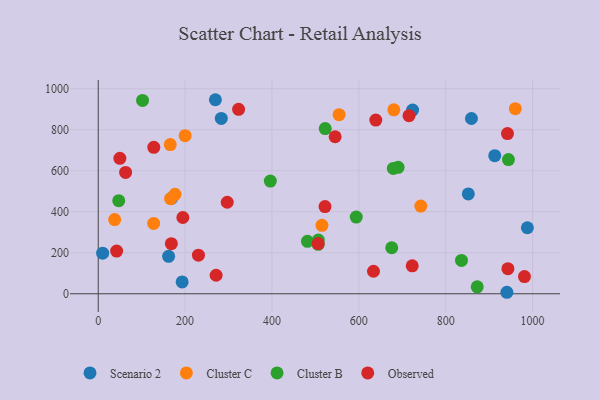
{"axis": {"x": "Ad Spend", "y": "Exam Score"}, "legend": ["Cluster B", "Cluster C", "Observed", "Scenario 2"], "data": [{"x": "283.3", "y": 855.0, "type": "Scenario 2"}, {"x": "859.2", "y": 854.8, "type": "Scenario 2"}, {"x": "193.2", "y": 57.6, "type": "Scenario 2"}, {"x": "10.1", "y": 198.1, "type": "Scenario 2"}, {"x": "912.9", "y": 673.5, "type": "Scenario 2"}, {"x": "269.7", "y": 946.4, "type": "Scenario 2"}, {"x": "723.7", "y": 896.1, "type": "Scenario 2"}, {"x": "988.0", "y": 321.9, "type": "Scenario 2"}, {"x": "940.8", "y": 7.3, "type": "Scenario 2"}, {"x": "168.6", "y": 465.7, "type": "Scenario 2"}, {"x": "162.0", "y": 182.6, "type": "Scenario 2"}, {"x": "852.0", "y": 487.0, "type": "Scenario 2"}, {"x": "960.2", "y": 902.6, "type": "Cluster C"}, {"x": "127.6", "y": 342.9, "type": "Cluster C"}, {"x": "176.7", "y": 484.9, "type": "Cluster C"}, {"x": "166.5", "y": 463.9, "type": "Cluster C"}, {"x": "554.5", "y": 873.3, "type": "Cluster C"}, {"x": "515.1", "y": 333.7, "type": "Cluster C"}, {"x": "165.8", "y": 727.9, "type": "Cluster C"}, {"x": "37.8", "y": 361.8, "type": "Cluster C"}, {"x": "680.5", "y": 897.3, "type": "Cluster C"}, {"x": "200.1", "y": 771.3, "type": "Cluster C"}, {"x": "742.6", "y": 427.8, "type": "Cluster C"}, {"x": "396.2", "y": 549.5, "type": "Cluster B"}, {"x": "47.2", "y": 454.2, "type": "Cluster B"}, {"x": "836.3", "y": 162.7, "type": "Cluster B"}, {"x": "675.7", "y": 224.5, "type": "Cluster B"}, {"x": "506.7", "y": 261.9, "type": "Cluster B"}, {"x": "594.0", "y": 374.1, "type": "Cluster B"}, {"x": "506.4", "y": 241.4, "type": "Cluster B"}, {"x": "690.4", "y": 616.7, "type": "Cluster B"}, {"x": "679.4", "y": 611.5, "type": "Cluster B"}, {"x": "481.7", "y": 255.9, "type": "Cluster B"}, {"x": "944.4", "y": 654.6, "type": "Cluster B"}, {"x": "872.5", "y": 34.1, "type": "Cluster B"}, {"x": "522.6", "y": 805.5, "type": "Cluster B"}, {"x": "102.0", "y": 943.2, "type": "Cluster B"}, {"x": "127.9", "y": 714.1, "type": "Observed"}, {"x": "639.0", "y": 847.2, "type": "Observed"}, {"x": "545.4", "y": 765.9, "type": "Observed"}, {"x": "297.0", "y": 446.3, "type": "Observed"}, {"x": "271.4", "y": 90.4, "type": "Observed"}, {"x": "722.9", "y": 136.1, "type": "Observed"}, {"x": "230.7", "y": 188.2, "type": "Observed"}, {"x": "715.5", "y": 868.8, "type": "Observed"}, {"x": "522.1", "y": 425.2, "type": "Observed"}, {"x": "943.2", "y": 122.5, "type": "Observed"}, {"x": "42.4", "y": 208.3, "type": "Observed"}, {"x": "63.0", "y": 591.8, "type": "Observed"}, {"x": "981.3", "y": 83.9, "type": "Observed"}, {"x": "942.2", "y": 781.4, "type": "Observed"}, {"x": "168.3", "y": 244.2, "type": "Observed"}, {"x": "194.8", "y": 371.9, "type": "Observed"}, {"x": "49.8", "y": 660.5, "type": "Observed"}, {"x": "506.3", "y": 244.7, "type": "Observed"}, {"x": "633.7", "y": 109.9, "type": "Observed"}, {"x": "323.1", "y": 899.8, "type": "Observed"}]}